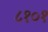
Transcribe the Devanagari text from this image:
८१०१